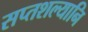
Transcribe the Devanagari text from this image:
सप्तशल्यानि